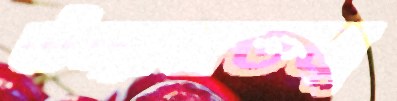
উদ্যানতত্ত্ব